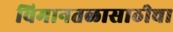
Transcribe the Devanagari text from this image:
विमानतळासाठीचा